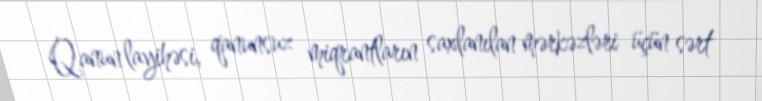
Qanun layihəsi, qanunsuz miqrantların saxlanılan mərkəzləri üçün sərt